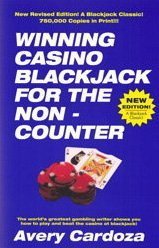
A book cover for Winning Casino Blackjack for the Non-Counter; Avery Cardoza; Humor & Entertainment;